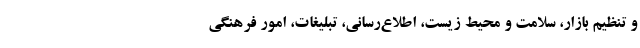
و تنظیم بازار، سلامت و محیط زیست، اطلاع‌رسانی، تبلیغات، امور فرهنگی